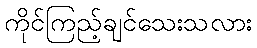
ကိုင်ကြည့်ချင်သေးသလား